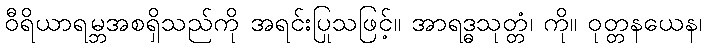
ဝီရိယာရမ္ဘအစရှိသည်ကို အရင်းပြုသဖြင့်။ အာရဒ္ဓသုတ္တံ၊ ကို။ ဝုတ္တနယေန၊